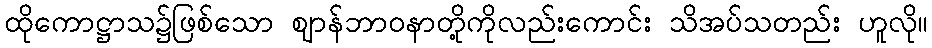
ထိုကောဋ္ဌာသ၌ဖြစ်သော ဈာန်ဘာဝနာတို့ကိုလည်းကောင်း သိအပ်သတည်း ဟူလို။